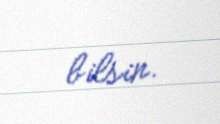
bilsin.